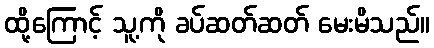
ထို့ကြောင့် သူ့ကို ခပ်ဆတ်ဆတ် မေးမိသည်။